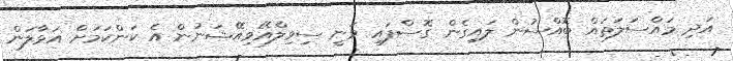
އަދި މައްސަލަތައް ބޮއްސުން ލައިގެން ގޮސްފައި ވަނީ ސިވިލްއޭވިއޭޝަނުން އެ ކަންކަމަށް އަޅާލަން